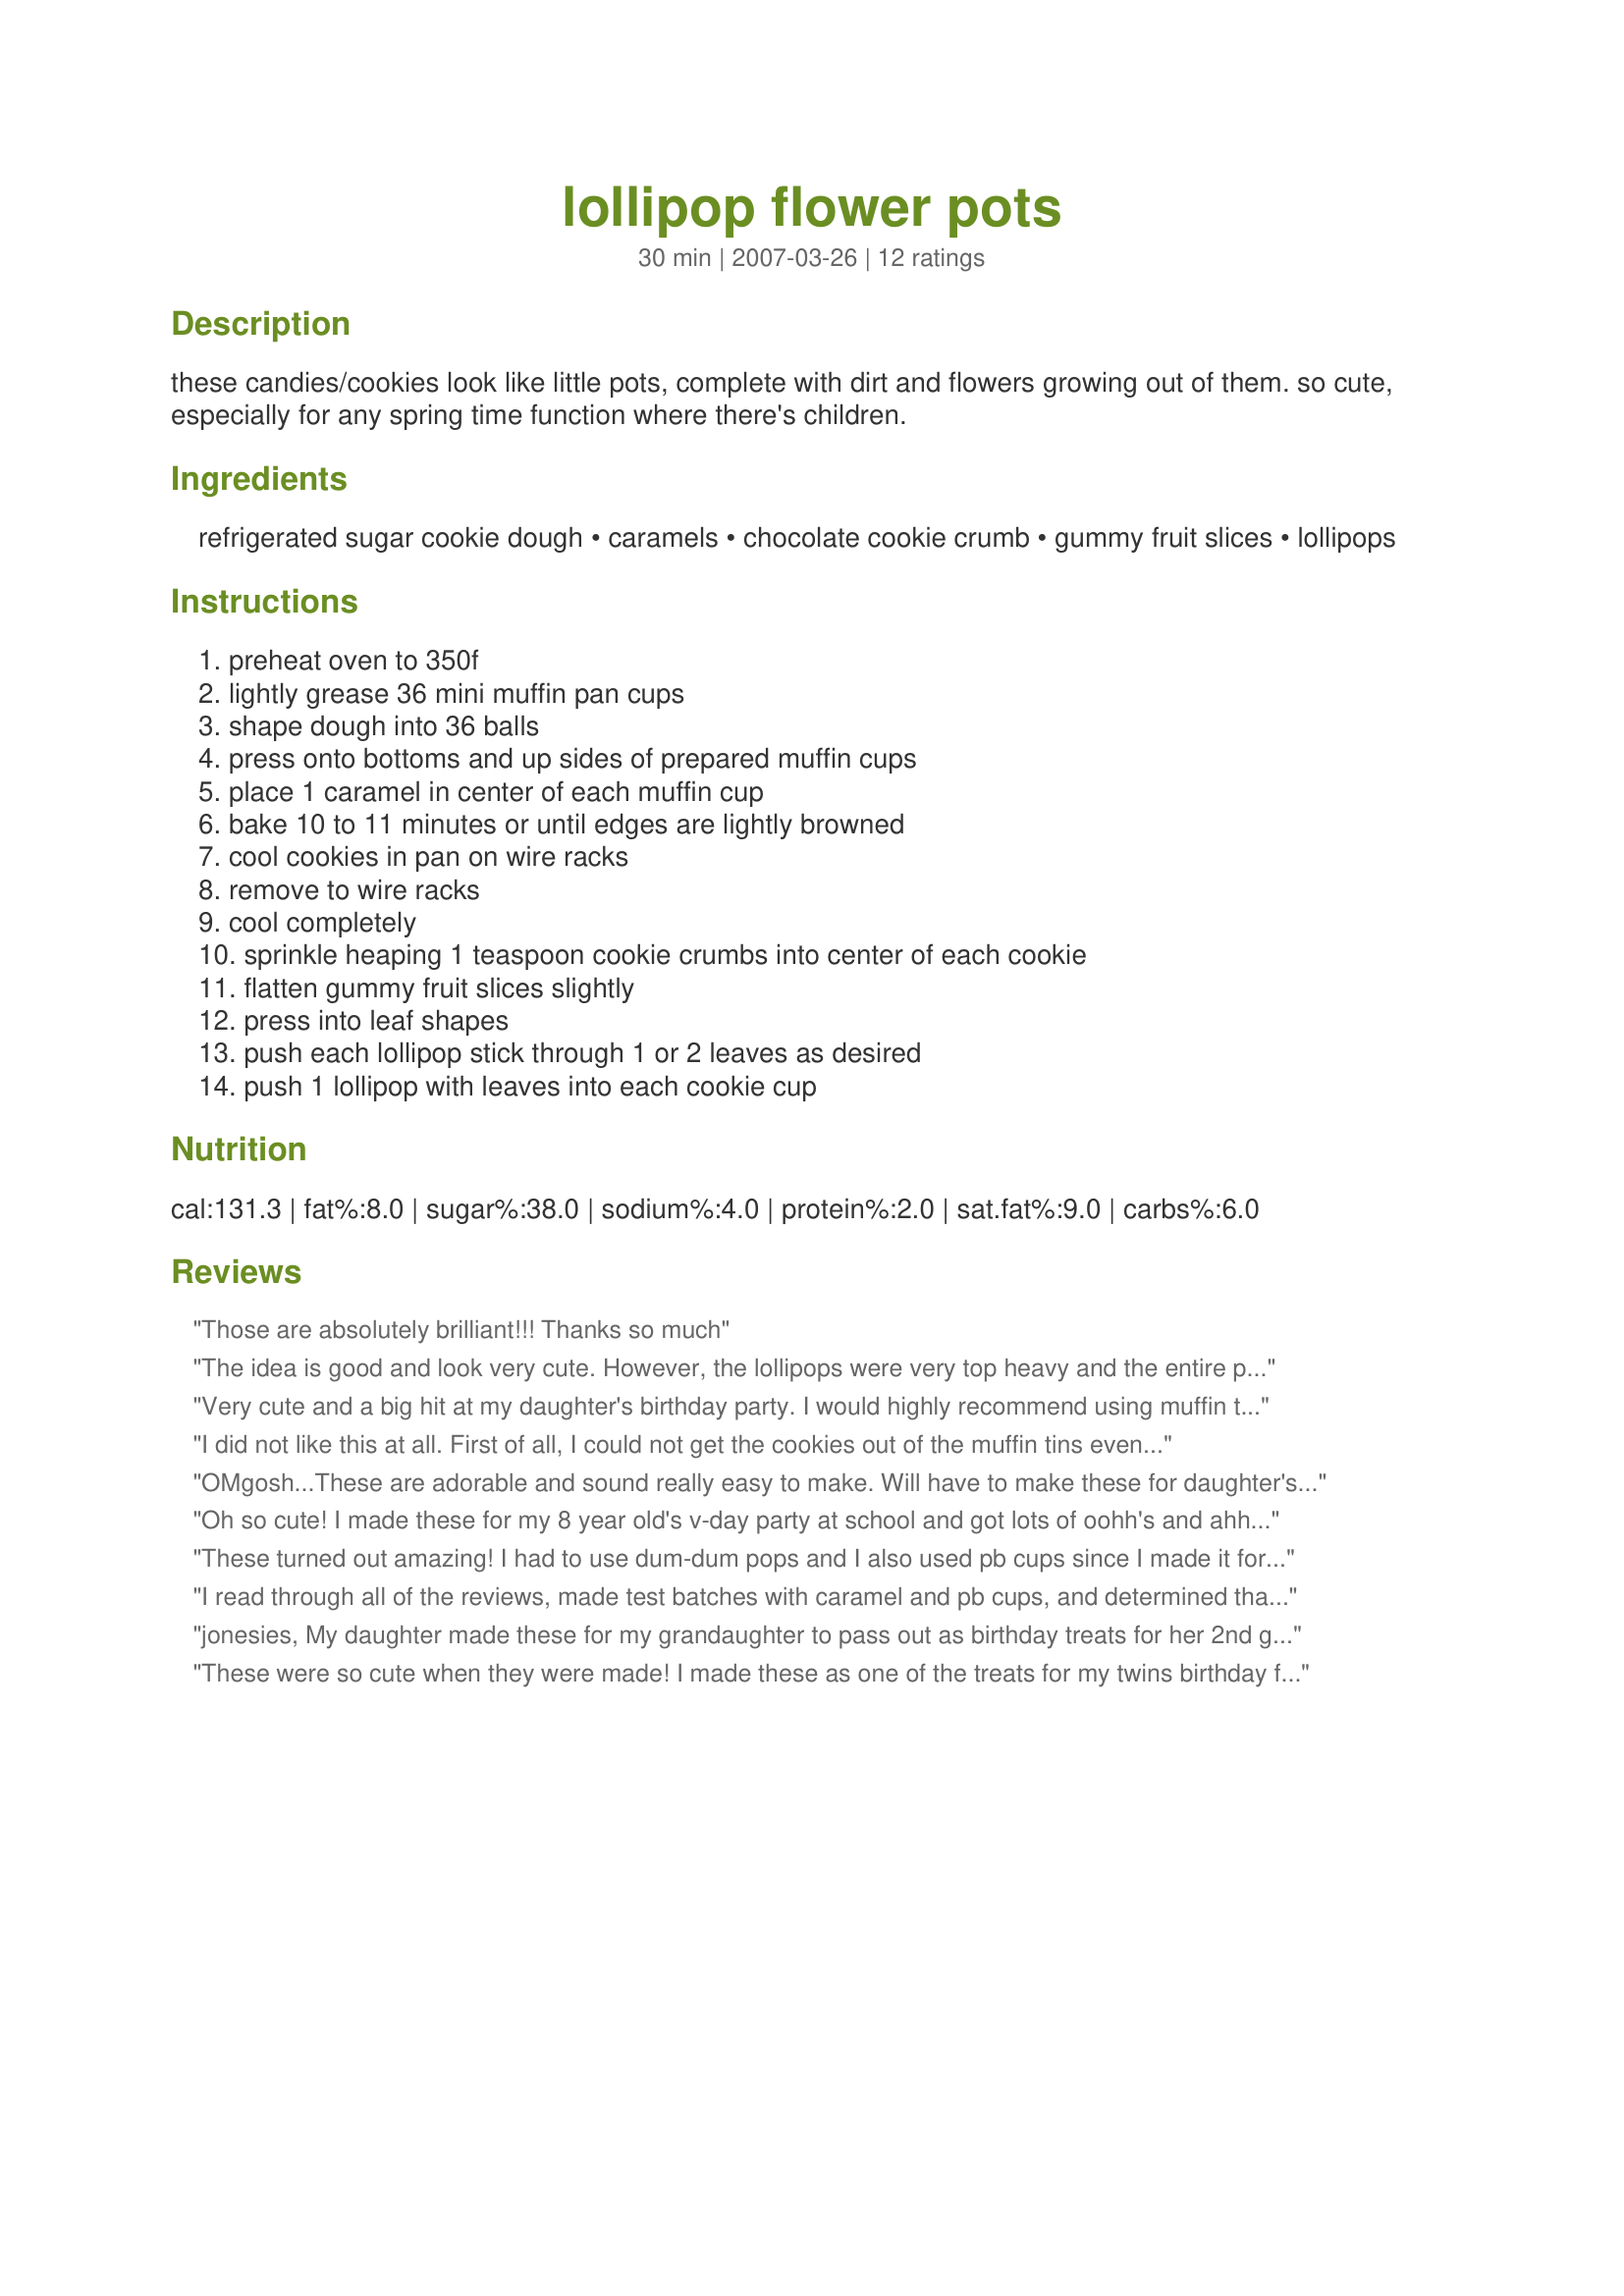
lollipop flower pots
Preparation time: 30 minutes

these candies/cookies look like little pots, complete with dirt and flowers growing out of them. so cute, especially for any spring time function where there's children.

Ingredients:
refrigerated sugar cookie dough, caramels, chocolate cookie crumb, gummy fruit slices, lollipops

Steps:
preheat oven to 350f, lightly grease 36 mini muffin pan cups, shape dough into 36 balls, press onto bottoms and up sides of prepared muffin cups, place 1 caramel in center of each muffin cup, bake 10 to 11 minutes or until edges are lightly browned, cool cookies in pan on wire racks, remove to wire racks, cool completely, sprinkle heaping 1 teaspoon cookie crumbs into center of each cookie, flatten gummy fruit slices slightly, press into leaf shapes, push each lollipop stick through 1 or 2 leaves as desired, push 1 lollipop with leaves into each cookie cup

Reviews:
Those are absolutely brilliant!!!
Thanks so much
The idea is good and look very cute. However, the lollipops were very top heavy and the entire pot kept tipping over. The cookie crumbs would fall out and the caramel was too hard mixed with the cookie. Might try the peanut butter cup idea next time instead and since the sugar cookie easily crumbles will need to use muffin cups so they hold together.
Very cute and a big hit at my daughter's birthday party. I would highly recommend using muffin tin liners to ease the removal of the "pots."
I did not like this at all. First of all, I could not get the cookies out of the muffin tins even when they were thoroughly cooled. They broke. Not a good looking flower pot. Secondly, once the cookie was cooled, it was impossible to get the sucker to stand up. Finally, it was a lot of time and electricity. Not for me.
OMgosh...These are adorable and sound really easy to make.
Will have to make these for daughter's birthday
So glad you shared!!!!
Oh so cute! I made these for my 8 year old's v-day party at school and got lots of oohh's and ahhh's. One thing that I did different was bake the cookies first and as soon as they come out of the oven then put the caramels in. Make sure to use muffin cups if doing it this way. And then let cool completely. Because I used bigger lollipops this helped to give them more support! Thanks so much for this fun recipe!!!
These turned out amazing! I had to use dum-dum pops and I also used pb cups since I made it for my daughters Pre-k class. I also made my own sugar cookie dough. They were a huge hit with everyone in the school. Thank you for posting such a cute kid friendly recipe!
I read through all of the reviews, made test batches with caramel and pb cups, and determined that the peanut butter cups are easier to eat than the caramel ones. My lollipops didn't fall over, and I owe it to the fact that I (a) used dum dums, but cut about 3/4 of an inch of the stick off (b) waited until the cups had completely cooled (I even refrigerated one batch for 15 minutes to make sure that it was cool enough) and then put the sticks with spearmint leaves on (which I sliced into fours). If I did it again, I might use the gummy fruit, because you can taste the spearmint on the pb cup, if too close, and that leaves a weird taste. Once done, everyone thought these were ADORABLE- including myself!
jonesies, My daughter made these for my grandaughter to pass out as birthday treats for her 2nd grade class at her school. I heard everyone liked them, so I thought I'd pass this along to you. Now I wish she had extras to pass out, so I could of tried one too. "Thank you" jonesie, for posting this recipe!!
These were so cute when they were made! I made these as one of the treats for my twins birthday for school. They were a hit and mighty tasty too! I used the little cookie squares which worked perfect and instead of the caramel we used pb cups. Thanks for sharing this wonderful idea.
I found this recipe and had my coworker make it for a party we had at work. They looked adorable, but were a little hard to eat. It was hard to get the lollipops out, and cookie crumbs usually fell off in the process, and then the caramel was very hard. I recommend heating these up slightly before serving to make them easier to eat. They would be better for an outdoor party than an indoor one if you don't want cookie crumbs everywhere. The cookie/caramel/chocolate crumbs combo was so good that I may make it again without making them into flowerpots. My friend said they were pretty easy to make too. Thanks for posting jonesies! we enjoyed these a lot!
ADORABLE! I never review stuff until I've tried it, but I just couldn't resist for these. They are too cute and I can't wait to try it. I love the fact that you use premade cookie dough instead of cupcake batter; much easier! Will report back and update review after making, but I can tell you right now.. my daughter is going to freak. Gorgeous photo too jonesies!
